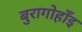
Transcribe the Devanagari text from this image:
बुरागोहाँइ